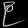
Digit: ၉